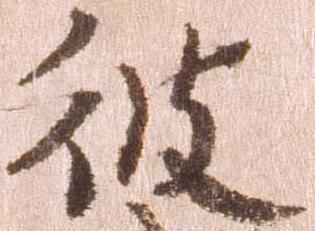
彼